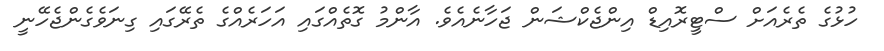
ހުޅުގެ ތެރެއަށް ސްޓީރޮއިޑް އިންޖެކްޝަން ޖަހާނެއެވެ. އާންމު ގޮތެއްގައި އަހަރެއްގެ ތެރޭގައި ގިނަވެގެންޖެހޭނީ